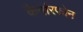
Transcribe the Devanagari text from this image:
कैर्नारफोन